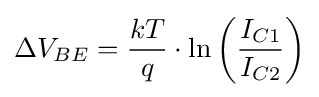
\Delta V_{BE}={\frac {kT}{q}}\cdot \ln \left({\frac {I_{C1}}{I_{C2}}}\right)